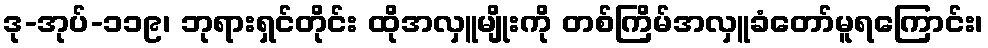
ဒု-အုပ်-၁၁၉၊ ဘုရားရှင်တိုင်း ထိုအလှူမျိုးကို တစ်ကြိမ်အလှူခံတော်မူရကြောင်း၊